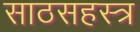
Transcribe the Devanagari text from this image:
साठसहस्त्र